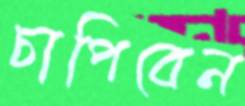
চাপিবেন